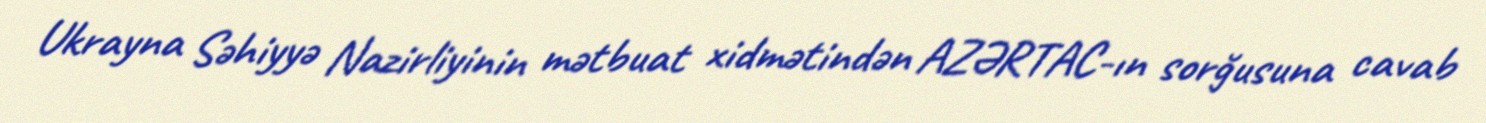
Ukrayna Səhiyyə Nazirliyinin mətbuat xidmətindən AZƏRTAC-ın sorğusuna cavab